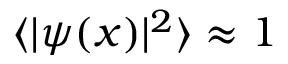
\langle | \psi ( x ) | ^ { 2 } \rangle \approx 1